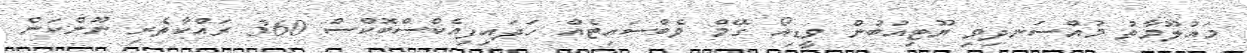
މައުލޫމާތު މުއްސަނދިވި ޔޫޓިއުބުން ވީޑިއޯ ގޭމް ވެބްސައިޓެއް ހަދައިފިއެކްސްބޮކްސް 360 ރައްކާތެރި ނޫންކަން